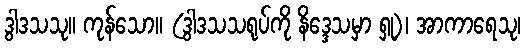
ဒွါဒသသု။ ကုန်သော။ (ဒွါဒသသရုပ်ကို နိဒ္ဒေသမှာ ရှု)၊ အာကာရေသု၊